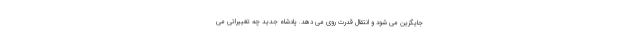
جایگزین می شود و انتقال قدرت روی می دهد. پادشاه جدید چه تغییراتی می